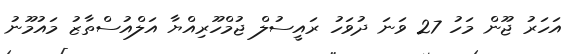
އަހަރު ޖޫން މަހު 27 ވަނަ ދުވަހު ރައީސުލް ޖުމްހޫރިއްޔާ އަލްއުސްތާޒު މައުމޫނު